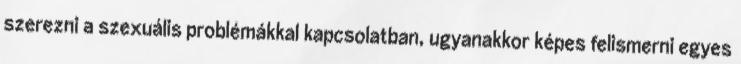
szerezni a szexuális problémákkal kapcsolatban, ugyanakkor képes felismerni egyes